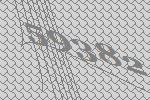
59382